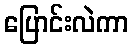
ပြောင်းလဲကာ